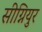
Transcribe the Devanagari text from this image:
सीग्नियुर